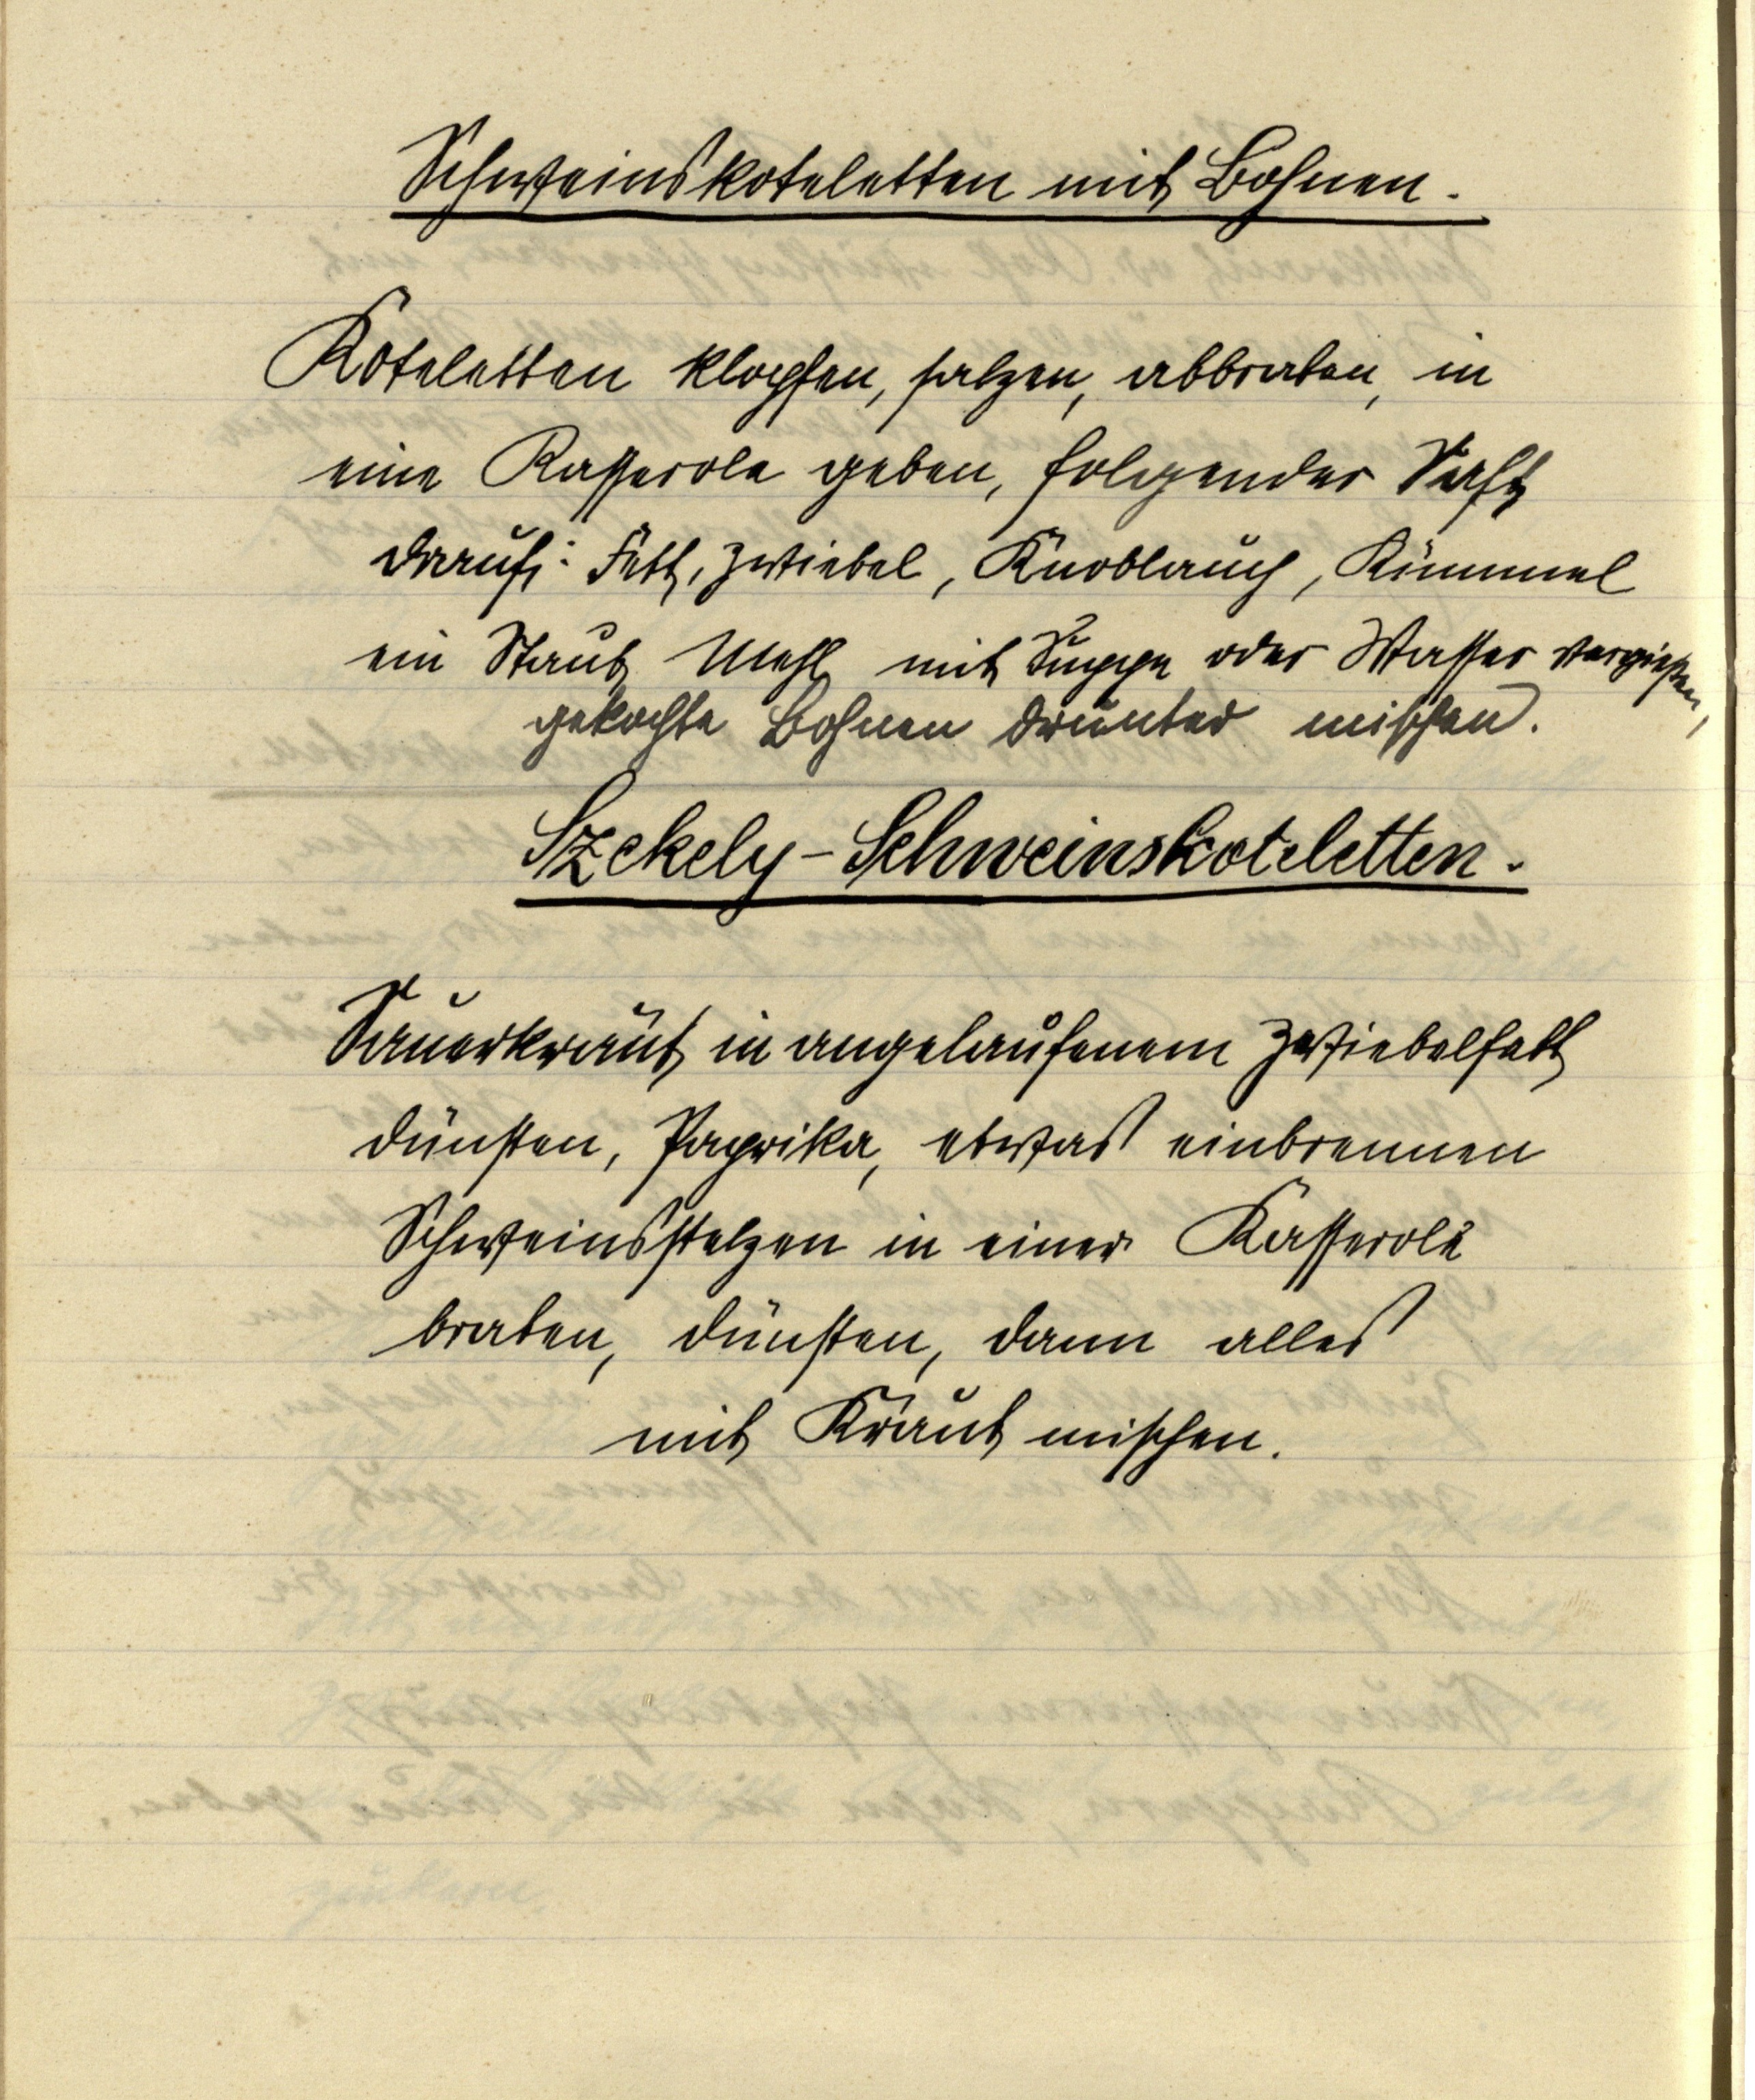
Schweinskoteletten mit Bohnen.
Koteletten klopfen, salzen, abbraten, in
eine Kasserole geben, folgender Saft
drauf: Fett, Zwiebel, Knoblauch, Kümmel
ein Staub Mehl mit Suppe oder Wasser vergießen,
gekochte Bohnen drunter mischen.

Szekely-Schweinskoteletten.
Sauerkraut in angelaufenem Zwiebelsaft
dünsten, Paprika, etwas einbrennen
Schweinsstelzen in einer Kasserole
braten, dünsten, dann alles
mit Kraut mischen.